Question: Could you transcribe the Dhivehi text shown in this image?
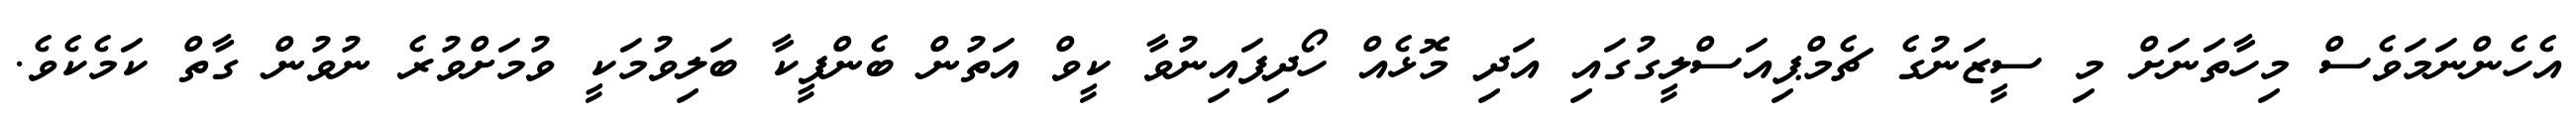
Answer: އެހެންނަމަވެސް މިހާތަނަށް މި ސީޒަނުގެ ޗެމްޕިއަސްލީގުގައި އަދި މޮޅެއް ހޯދިފައިނުވާ ކީވް އަތުން ބެންފީކާ ބަލިވުމަކީ ވުމަށްވުރެ ނުވުން ގާތް ކަމެކެވެ.